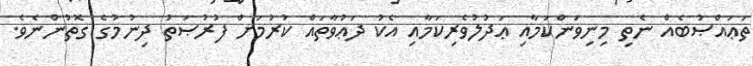
ތަޢައްޞުބެއް ނެތި މިނިވަންކަމާއި ޢަދުލުވެރިކަމާއި އެކު ދަޢުވާތައް ކުރުމަށް ފުރުޞަތު ދިނުމުގެ ގޮތުންނެވެ.